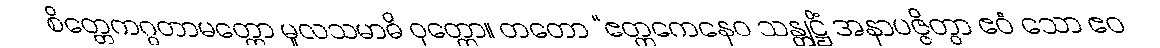
စိတ္တေကဂ္ဂတာမတ္တော မူလသမာဓိ ဝုတ္တော။ တတော “ဧတ္တကေနေဝ သန္တုဋ္ဌိံ အနာပဇ္ဇိတွာ ဧဝံ သော ဧဝ